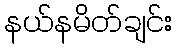
နယ်နမိတ်ချင်း